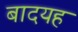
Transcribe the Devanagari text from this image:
बादयह